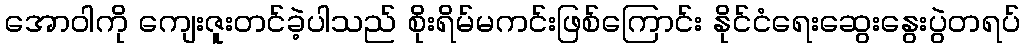
အောဝါကို ကျေးဇူးတင်ခဲ့ပါသည် စိုးရိမ်မကင်းဖြစ်ကြောင်း နိုင်ငံရေးဆွေးနွေးပွဲတရပ်